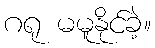
ဂရု မမူနိုင်ခဲ့။